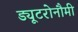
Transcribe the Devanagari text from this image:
ड्यूटरोनौमी